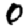
Digit: 0